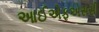
આઈએફએસસી